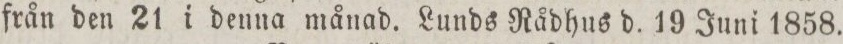
från den 21 i denna månad. Lunds Rådhus d. 19 Juni 1858.